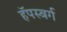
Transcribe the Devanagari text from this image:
हॅपस्बर्ग